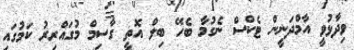
ވިދާޅުވީ އާމްދަނީން ޓެކްސް ނެގުމާ ބެހޭ ބިލް އޮތީ ގާސިމް މުގައްރިރު ކަމުގައި